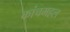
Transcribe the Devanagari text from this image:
कांचमहल